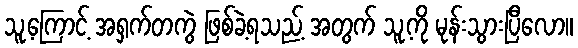
သူ့ကြောင့် အရှက်တကွဲ ဖြစ်ခဲ့ရသည့် အတွက် သူ့ကို မုန်းသွားပြီလော။